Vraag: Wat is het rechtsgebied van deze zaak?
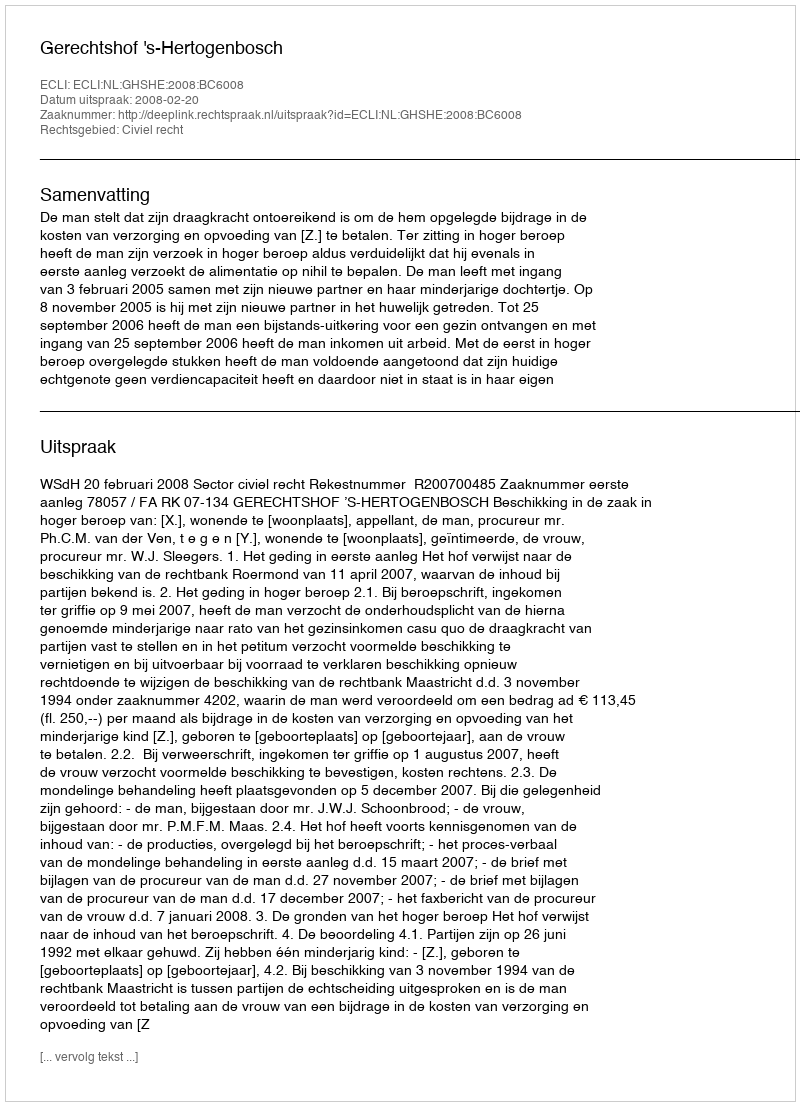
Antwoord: Civiel recht